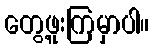
တွေ့ဖူးကြမှာပါ။